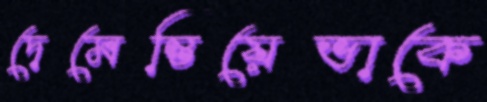
দেমেন্তিয়েভাকে